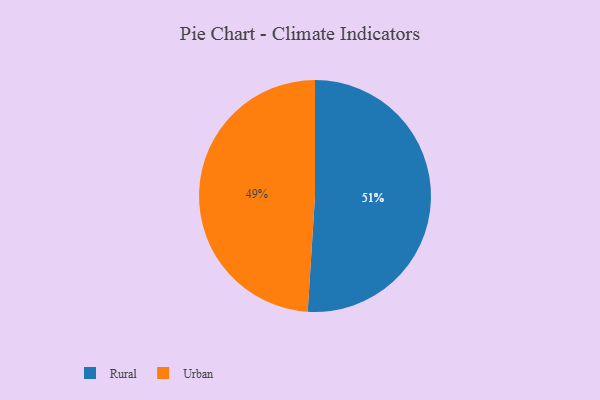
{"axis": {"x": "Category", "y": "Percentage"}, "legend": ["Rural", "Urban"], "data": [{"x": "Urban", "y": 49, "type": "Urban"}, {"x": "Rural", "y": 51, "type": "Rural"}]}